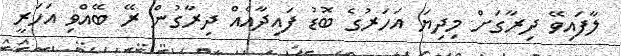
ލާފައިވޭ ދިރާގަށް މިދިޔަ އަހަރުގެ ބޮޑު ފައިދާއެއް ދިރާގުން ރޭ ބޭއްވި އަހަރީ